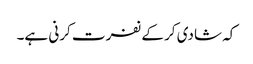
کہ شادی کر کے نفرت کرنی ہے۔